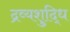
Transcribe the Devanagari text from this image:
द्रव्यशुद्धि